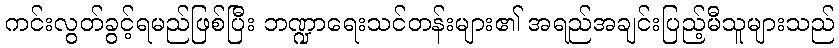
ကင်းလွတ်ခွင့်ရမည်ဖြစ်ပြီး ဘဏ္ဍာရေးသင်တန်းများ၏ အရည်အချင်းပြည့်မီသူများသည်